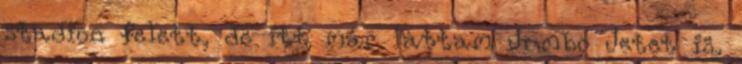
stadion felett, de itt már láttam Jumbo Jetet is,